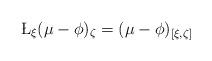
LaTeX: \begin{align*}\L_\xi(\mu-\phi)_\zeta = (\mu-\phi)_{[\xi,\zeta]}\end{align*}